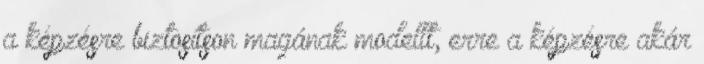
a képzésre biztosítson magának modellt, erre a képzésre akár